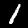
Label: 1